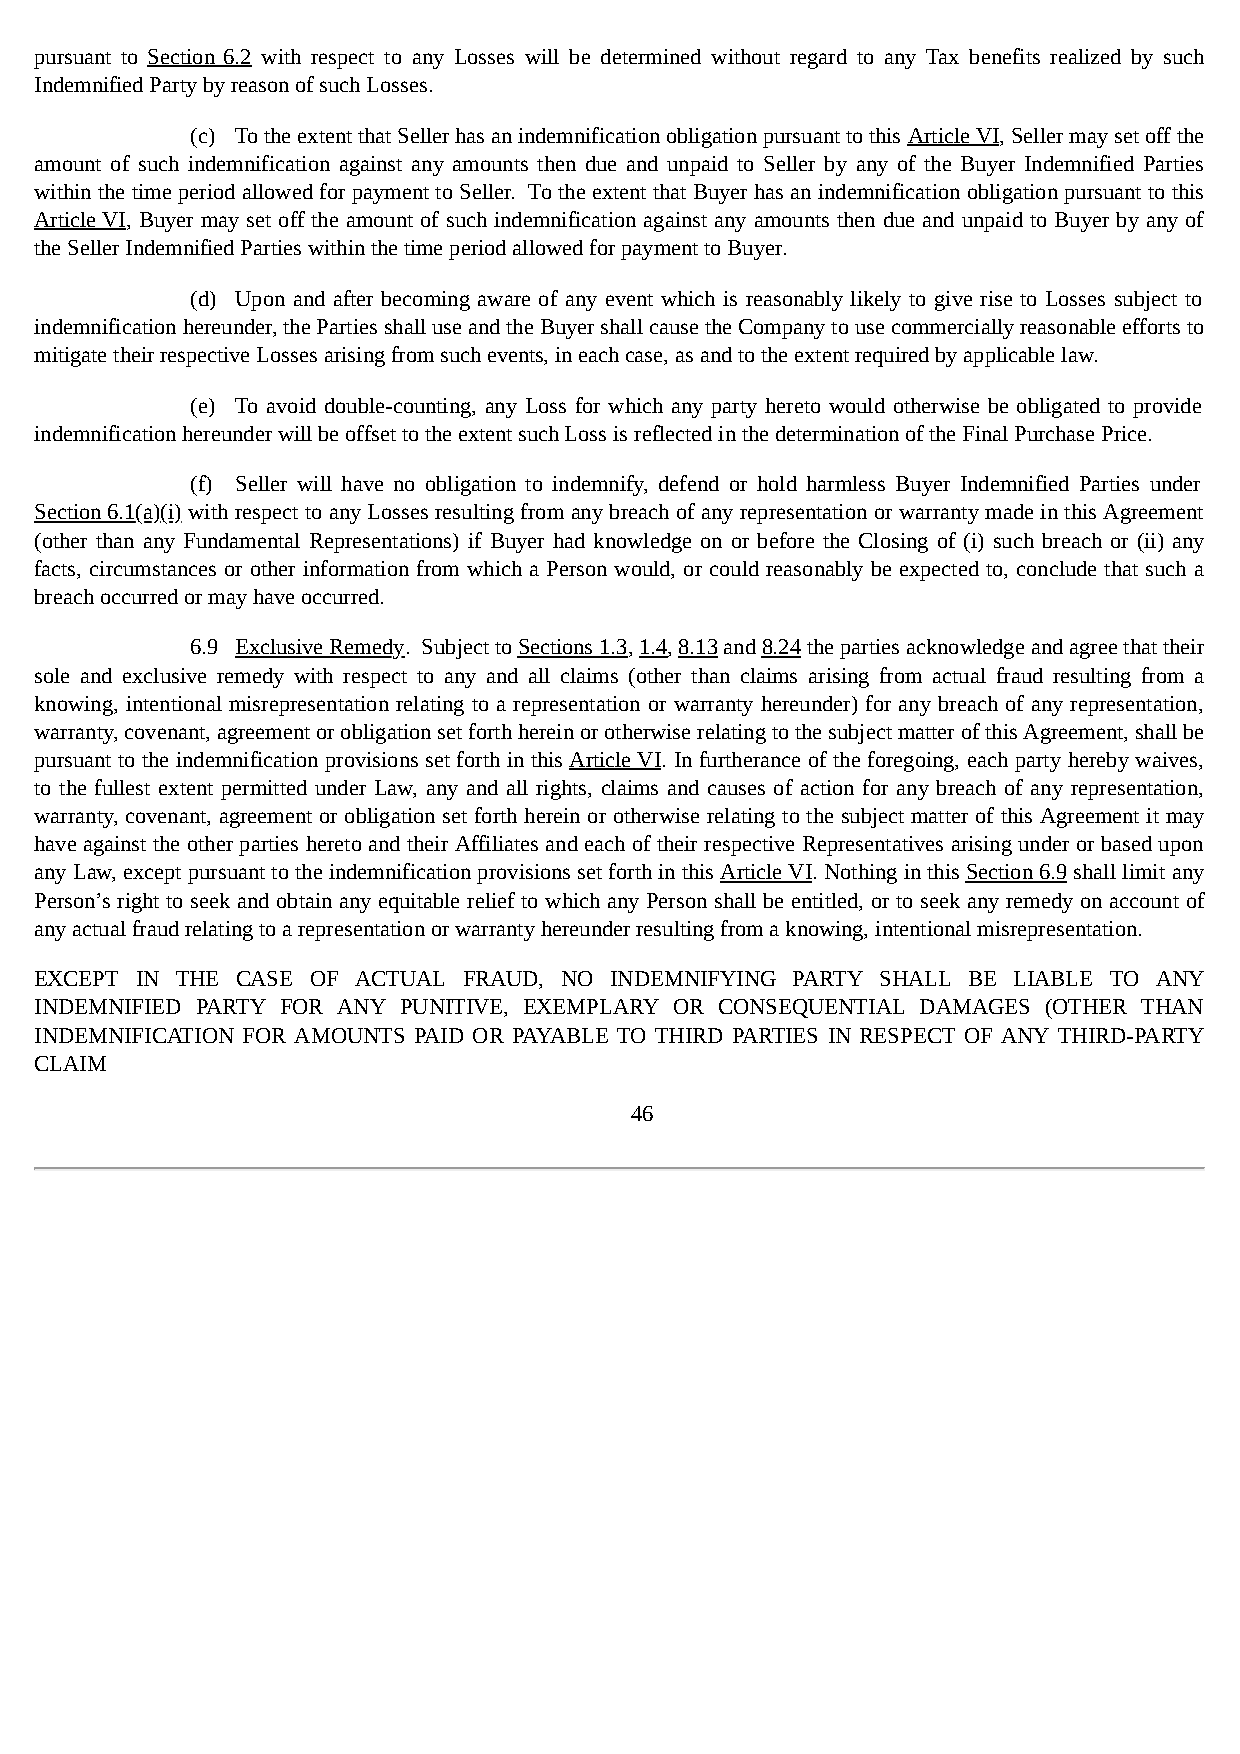
pursuant to Section 6.2 with respect to any Losses will be determined without regard to any Tax benefits realized by such
 Indemnified Party by reason of such Losses.
 (c) To the extent that Seller has an indemnification obligation pursuant to this Article VI, Seller may set off the
 amount of such indemnification against any amounts then due and unpaid to Seller by any of the Buyer Indemnified Parties
 within the time period allowed for payment to Seller. To the extent that Buyer has an indemnification obligation pursuant to this
 Article VI, Buyer may set off the amount of such indemnification against any amounts then due and unpaid to Buyer by any of
 the Seller Indemnified Parties within the time period allowed for payment to Buyer.
 (d) Upon and after becoming aware of any event which is reasonably likely to give rise to Losses subject to
 indemnification hereunder, the Parties shall use and the Buyer shall cause the Company to use commercially reasonable efforts to
 mitigate their respective Losses arising from such events, in each case, as and to the extent required by applicable law.
 (e) To avoid double-counting, any Loss for which any party hereto would otherwise be obligated to provide
 indemnification hereunder will be offset to the extent such Loss is reflected in the determination of the Final Purchase Price.
 (f) Seller will have no obligation to indemnify, defend or hold harmless Buyer Indemnified Parties under
 Section 6.1(a)(i) with respect to any Losses resulting from any breach of any representation or warranty made in this Agreement
 (other than any Fundamental Representations) if Buyer had knowledge on or before the Closing of (i) such breach or (ii) any
 facts, circumstances or other information from which a Person would, or could reasonably be expected to, conclude that such a
 breach occurred or may have occurred.
 6.9 Exclusive Remedy. Subject to Sections 1.3, 1.4, 8.13 and 8.24 the parties acknowledge and agree that their
 sole and exclusive remedy with respect to any and all claims (other than claims arising from actual fraud resulting from a
 knowing, intentional misrepresentation relating to a representation or warranty hereunder) for any breach of any representation,
 warranty, covenant, agreement or obligation set forth herein or otherwise relating to the subject matter of this Agreement, shall be
 pursuant to the indemnification provisions set forth in this Article VI. In furtherance of the foregoing, each party hereby waives,
 to the fullest extent permitted under Law, any and all rights, claims and causes of action for any breach of any representation,
 warranty, covenant, agreement or obligation set forth herein or otherwise relating to the subject matter of this Agreement it may
 have against the other parties hereto and their Affiliates and each of their respective Representatives arising under or based upon
 any Law, except pursuant to the indemnification provisions set forth in this Article VI. Nothing in this Section 6.9 shall limit any
 Person’s right to seek and obtain any equitable relief to which any Person shall be entitled, or to seek any remedy on account of
 any actual fraud relating to a representation or warranty hereunder resulting from a knowing, intentional misrepresentation.
 EXCEPT IN THE CASE OF ACTUAL FRAUD, NO INDEMNIFYING PARTY SHALL BE LIABLE TO ANY
 INDEMNIFIED PARTY FOR ANY PUNITIVE, EXEMPLARY OR CONSEQUENTIAL DAMAGES (OTHER THAN
 INDEMNIFICATION FOR AMOUNTS PAID OR PAYABLE TO THIRD PARTIES IN RESPECT OF ANY THIRD-PARTY
 CLAIM
 46